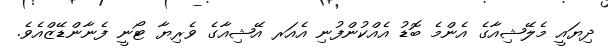
ދިޔައީ މެލޭޝިއާގެ އެންމެ ބޮޑު އެއްކުންފުނި އެއަރ އޭޝިއާގެ ވެރިޔާ ޓޯނީ ފެނާންޑޭޒްއެވެ.